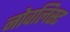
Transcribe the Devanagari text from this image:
नोवलिस्ट